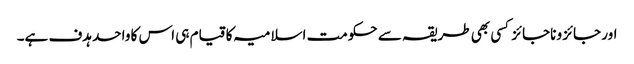
اور جائز و ناجائز کسی بھی طریقہ سے حکومت اسلامیہ کا قیام ہی اس کا واحد ہدف ہے۔